Indian journal of veterinary science and animal husbandry - Volume 10,
Year: 1940
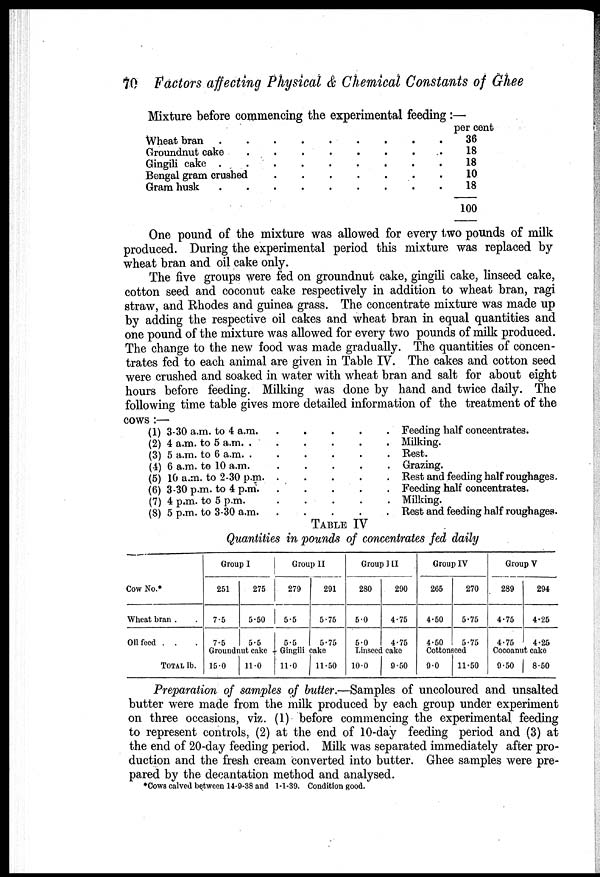
70 Factors affecting Physical & Chemical Constants of Ghee
Mixture before commencing the experimental feeding :—
Wheat bran . . .
Groundnut cake . . .
Gingili cake . . .
Bengal gram crushed
.
.
.
Gram husk . . .
per cent
36
18
18
10
18
100
One pound of the mixture was allowed for every two pounds of milk
produced. During the experimental period this mixture was replaced by
wheat bran and oil cake only.
The five groups were fed on groundnut cake, gingili cake, linseed cake,
cotton seed and coconut cake respectively in addition to wheat bran, ragi
straw, and Rhodes and guinea grass. The concentrate mixture was made up
by adding the respective oil cakes and wheat bran in equal quantities and
one pound of the mixture was allowed for every two pounds of milk produced.
The change to the new food was made gradually. The quantities of concen-
trates fed to each animal are given in Table IV. The cakes and cotton seed
were crushed and soaked in water with wheat bran and salt for about eight
hours before feeding. Milking was done by hand and twice daily. The
following time table gives more detailed information of the treatment of the
cows :—
(1) 3-30 a.m. to 4 a.m.
(2) 4 a.m. to 5 a.m. .
(3) 5 a.m. to 6 a.m. .
(4) 6 a.m. to 10 a.m.
(5) 10 a.m. to 2-30 p.m. .
(6) 3-30 p.m. to 4 p.m.
(7) 4 p.m. to 5 p.m.
(8) 5 p.m. to 3-30 a.m.
. Feeding half concentrates.
. Milking.
. Rest.
. Grazing.
. Rest and feeding half roughages.
. Feeding half concentrates.
. Milking.
. Rest and feeding half roughages.
TABLE IV
Quantities in pounds of concentrates fed daily
Cow No.*
Wheat bran . .
Oil feed . .
TOTAL lb.
Group I
251
7.5
7.5
275
5.50
5.5
Groundnut cake .
15.0
11.0
Group II
279
5.5
5.5
291
5.75
5.75
Gingili cake
110
11.50
Group III
280
5.0
5.0
290
4.75
4.75
Linsced cake
10.0
9.50
Group IV
265
4.50
4.50
270
5.75
5.75
Cottonseed
9.0
11.50
Group V
289
4.75
4.75
294
4.25
4.25
Cocoanut cake
9.50
8.50
Preparation of samples of butter.—Samples of uncoloured and unsalted
butter were made from the milk produced by each group under experiment
on three occasions, viz. (1) before commencing the experimental feeding
to represent controls, (2) at the end of 10-day feeding period and (3) at
the end of 20-day feeding period. Milk was separated immediately after pro-
duction and the fresh cream converted into butter. Ghee samples were pre-
pared by the decantation method and analysed.
*Cows calved between 14-9-38 and 1-1-39. Condition good.